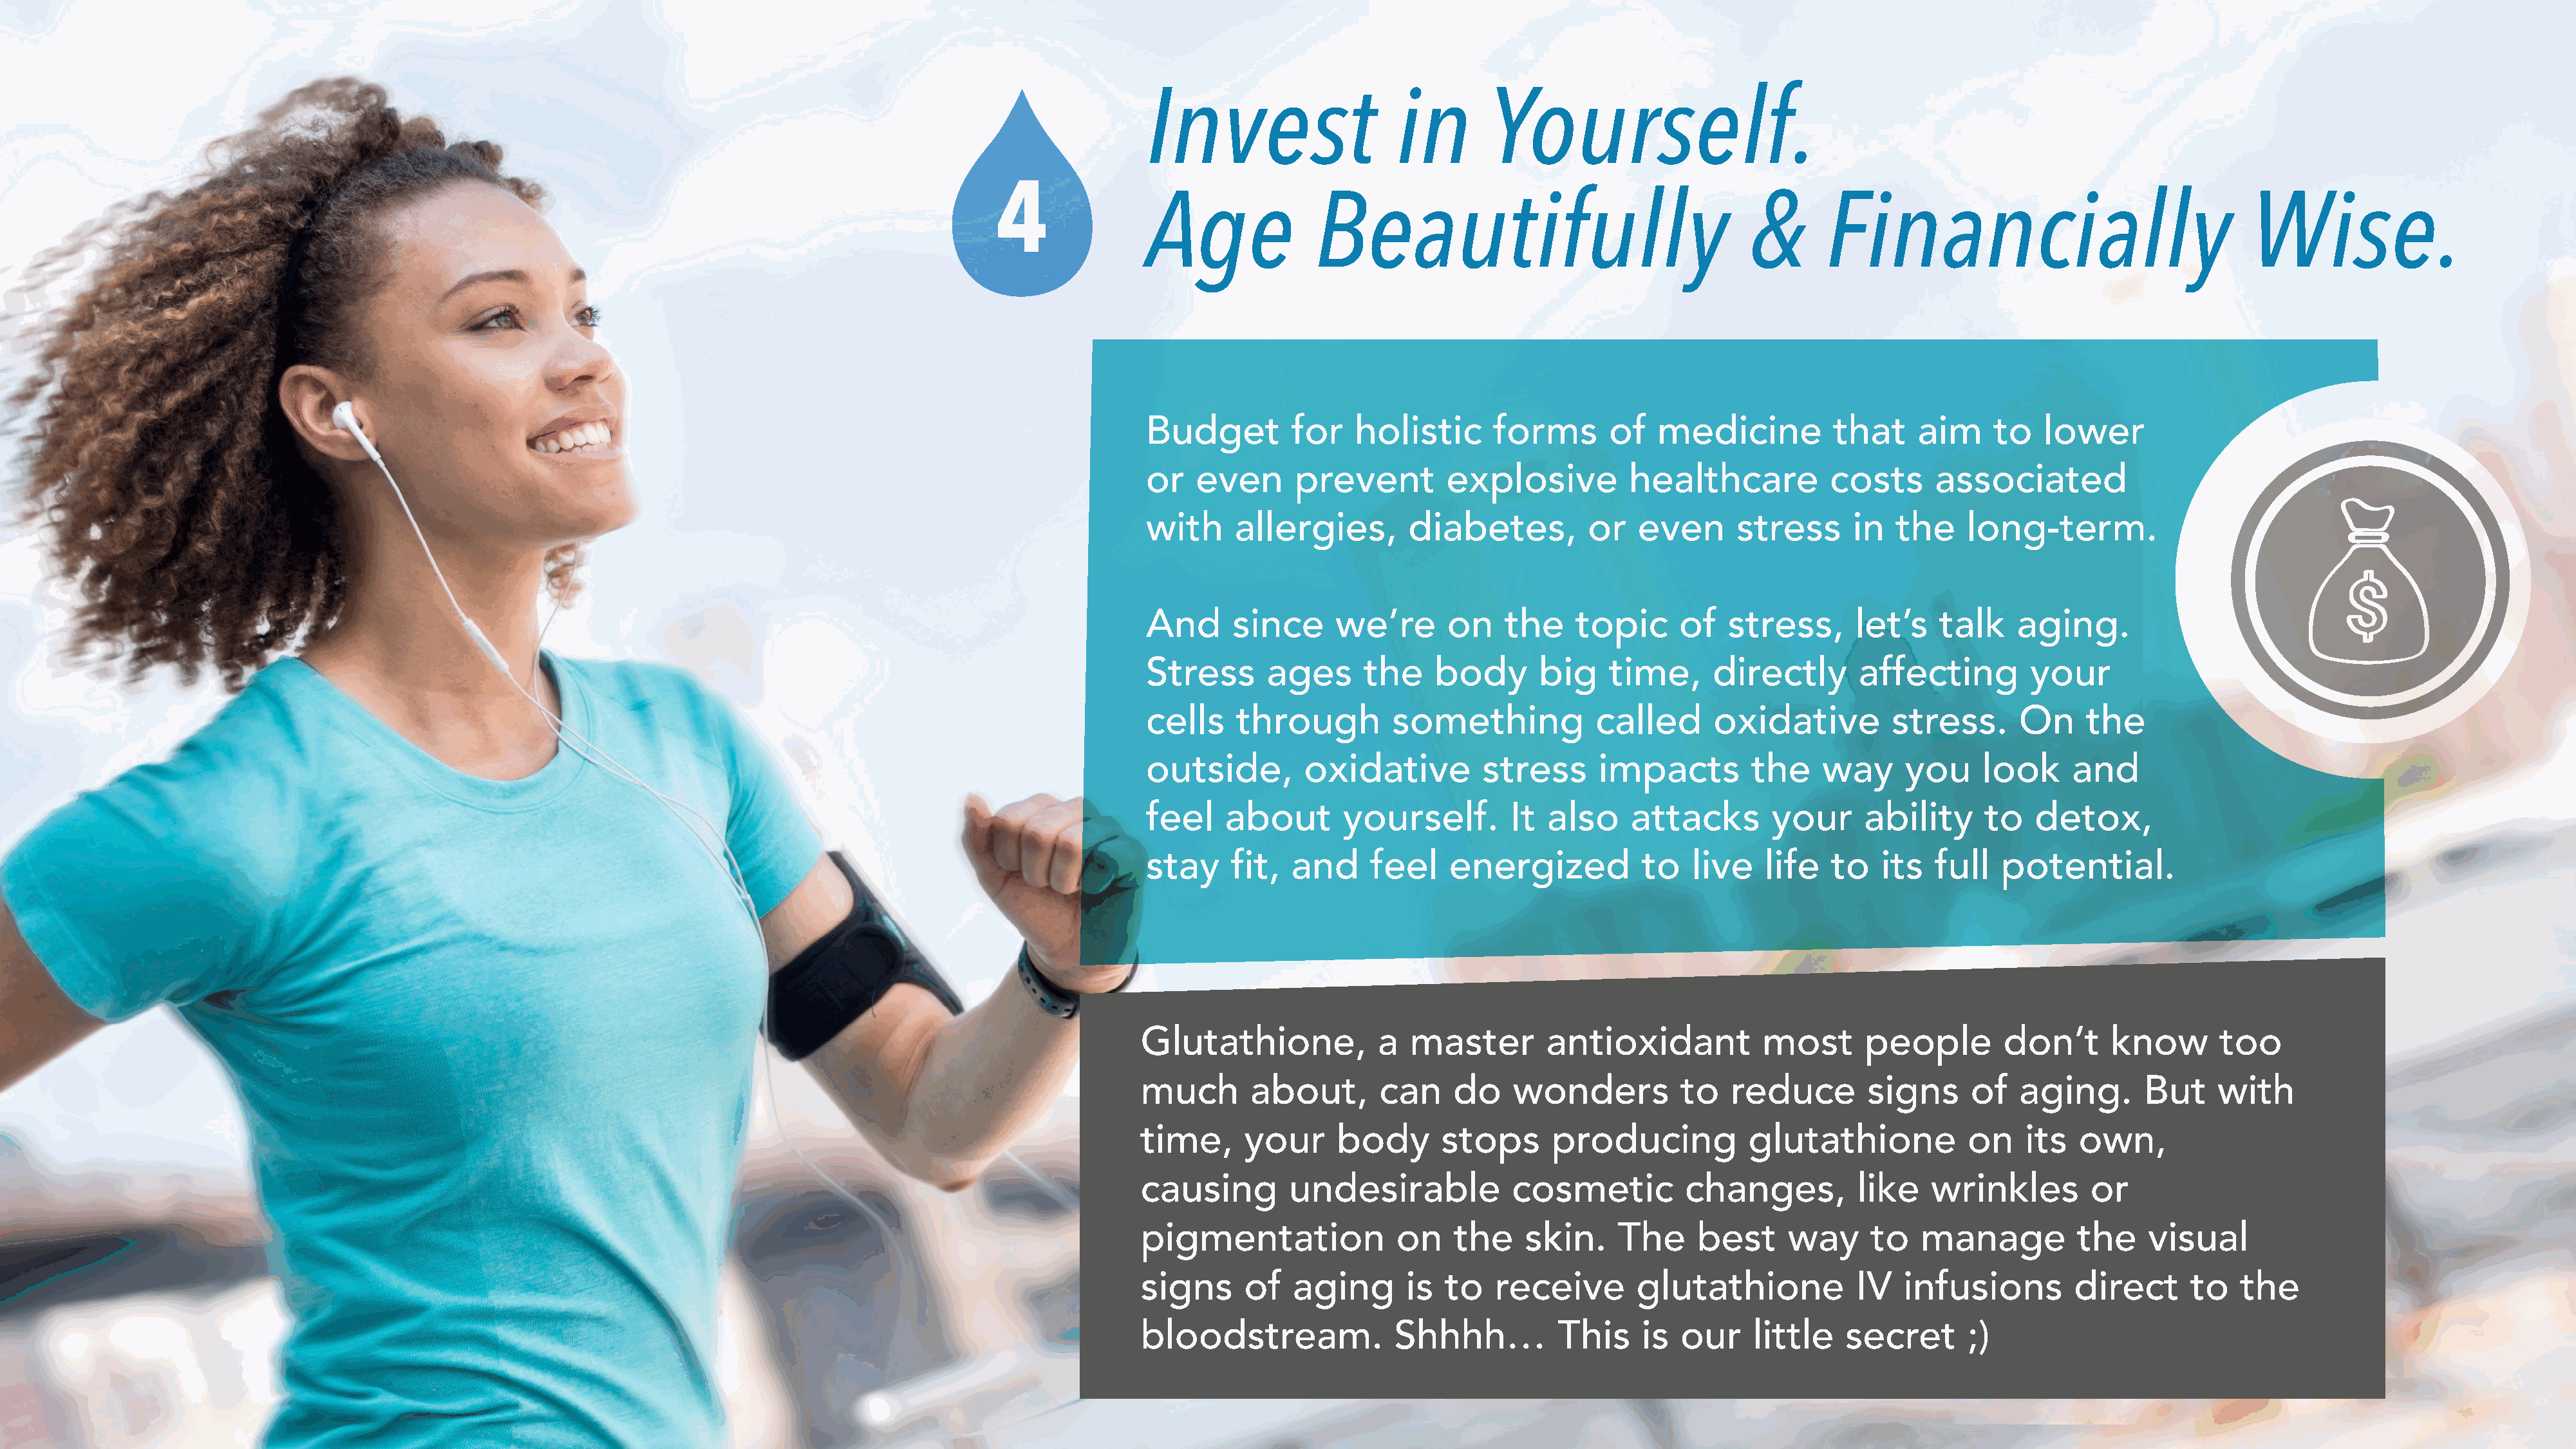
Invest                    in       Yourself.
 4
 Age              Beautifully                                  &       Financially                                Wise.
 Budget         for   holistic       forms      of   medicine          that     aim     to   lower
 or   even      prevent         explosive         healthcare           costs      associated
 with     allergies,        diabetes,         or   even      stress      in   the    long-term.
 And      since     we’re       on    the    topic      of   stress,      let’s   talk    aging.
 Stress      ages      the    body       big    time,      directly       affecting         your
 cells    through         something            called      oxidative         stress.       On    the
 outside,        oxidative         stress      impacts         the    way      you     look     and
 feel    about       yourself.        It  also     attacks       your      ability     to   detox,
 stay     fit,  and     feel    energized           to   live   life   to   its   full   potential.
 Glutathione,             a  master        antioxidant           most       people        don’t      know       too
 much        about,       can    do     wonders          to   reduce        signs      of   aging.      But     with
 time,      your     body       stops      producing            glutathione           on    its   own,
 causing         undesirable           cosmetic          changes,          like   wrinkles         or
 pigmentation               on   the     skin.    The     best      way     to   manage           the    visual
 signs      of   aging       is  to   receive       glutathione            IV   infusions        direct      to   the
 bloodstream.              Shhhh…           This     is  our    little    secret      ;)